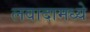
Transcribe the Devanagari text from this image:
लवादामध्ये